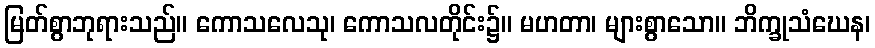
မြတ်စွာဘုရားသည်။ ကောသလေသု၊ ကောသလတိုင်း၌။ မဟတာ၊ များစွာသော။ ဘိက္ခုသံဃေန၊